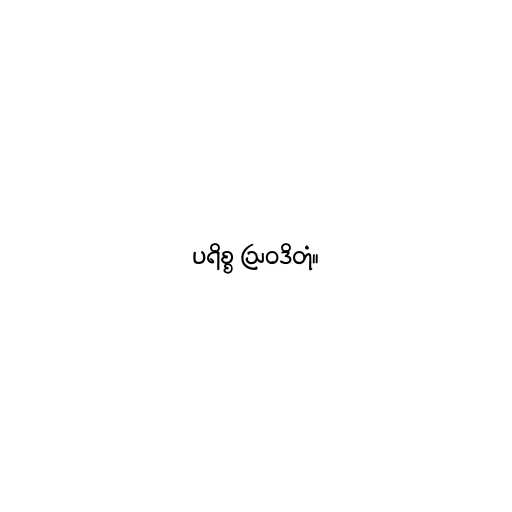
ပရိစ္စ ဩဝဒိတုံ။